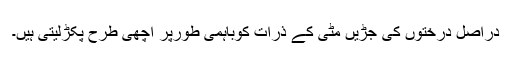
دراصل درختوں کی جڑیں مٹی کے ذرات کوباہمی طورپر اچھی طرح پکڑلیتی ہیں۔